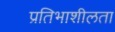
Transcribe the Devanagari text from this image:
प्रतिभाशीलता